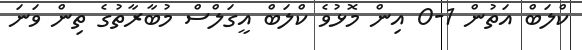
ކްލަބް އަތުން 1-0 އިން މޮޅުވެ ކްލަބް އީގަލްސް މުބާރާތުގެ ތިން ވަނަ